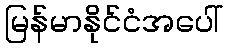
မြန်မာနိုင်ငံအပေါ်